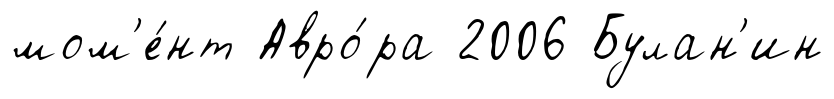
мом'е́нт Авро́ра 2006 Булан'ин